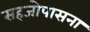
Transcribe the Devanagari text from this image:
सहजोपासना